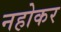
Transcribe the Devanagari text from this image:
नहोकर